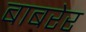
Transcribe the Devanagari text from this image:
बाबरेर